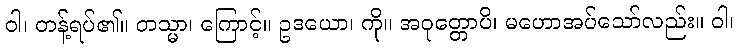
ဝါ၊ တန့်ရပ်၏။ တသ္မာ၊ ကြောင့်။ ဥဒယော၊ ကို။ အဝုတ္တောပိ၊ မဟောအပ်သော်လည်း။ ဝါ၊